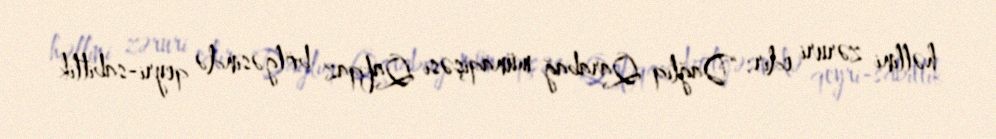
həllini zəruri edir: “Dağlıq Qarabağ münaqişəsi Qafqaz bölgəsində qeyri-sabitlik